Annual administration and progress report of the Indian Medical Department, Bombay
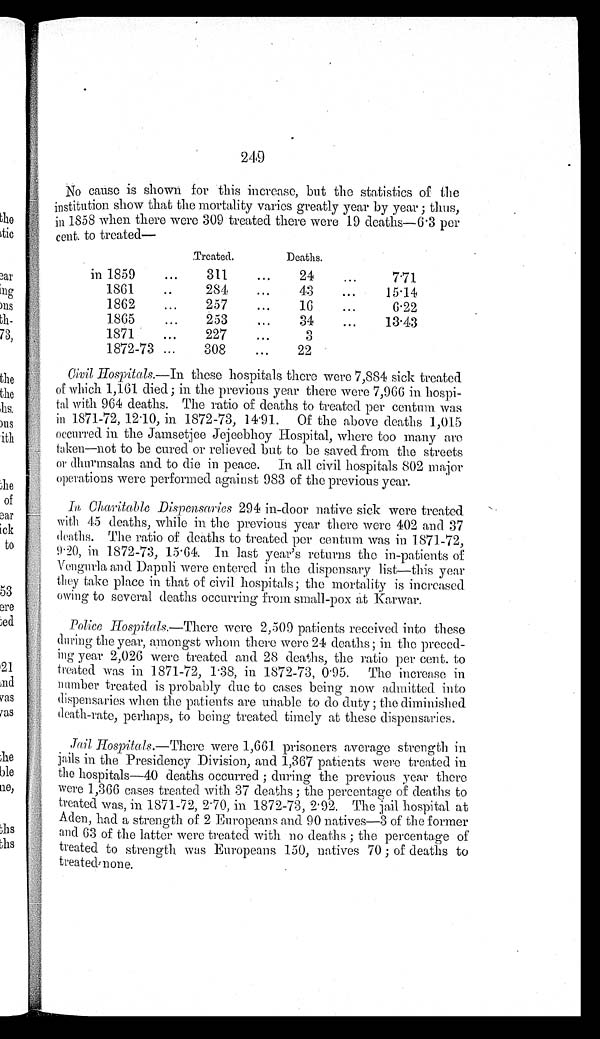
249
No cause is shown for this increase, but the statistics of the
institution show that the mortality varies greatly year by year; thus,
in 1858 when there were 309 treated there were 19 deaths—6.3 per
cent. to treated—
Treated.
Deaths.
in 1859 . . .
311 . . .
24 . . .
7.71
1861 . . .
284. . .
43 . . .
15.14
1862 . . .
257. . .
16 . . .
6.22
1865 . . .
253 . . .
34 . . .
13.43
1871 . . .
227 . . .
3 . . .
1872-73 . . .
308 . . .
22 . . .
Civil Hospitals.—In these hospitals there were 7,884 sick treated
of which 1,161 died; in the previous year there were 7,966 in hospi
-tal with 964 deaths. The ratio of deaths to treated per centum was
in 1871-72, 12.10, in 1872-73, 14.91. Of the above deaths 1,015
occurred in the Jamsetjee Jejeebhoy Hospital, where too many are
taken—not to be cured or relieved but to be saved from the streets
or dhurmsalas and to die in peace. In all civil hospitals 802 major
operations were performed against 983 of the previous year.
In Charitable Dispensaries 294 in-door native sick were treated.
with 45 deaths, while in the previous year there were 402 and 37
deaths. The ratio of deaths to treated per centum was in 1871-72,
9.20, in 1872-73, 15.64. In last year's returns the in-patients of
Vengurla and Dapuli were entered in the dispensary list—this year
they take place in that of civil hospitals; the mortality is increased
owing to several deaths occurring from small-pox at Karwar.
Police Hospitals.— There were 2,509 patients received into these
during the year, amongst whom there were 24 deaths; in the preced
- i n g
year 2,026 were treated and 28 deaths, the ratio per cent. to
treated was in 1871-72, 1.38, in 1872-73, 0.95. The increase in
number treated is probably due to cases being now admitted into
dispensaries when the patients are unable to do duty; the diminished
death-rate, perhaps, to being treated timely at these dispensaries.
Jail Hospitals .—There were 1,661 prisoners average strength in
jails in the Presidency Division, and 1,367 patients were treated in
the hospitals—40 deaths occurred; during the previous year there
were 1,366 cases treated with 37 deaths; the percentage of deaths to
treated was, in 1871-72, 2.70, in 1872-73, 2.92. The jail hospital. at
Aden, had a strength of 2 Europeans and 90 natives—3 of the former
and 63 of the latter were treated with no deaths; the percentage of
treated to strength was Europeans 150, natives 70; of deaths to
treated none.